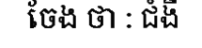
ចែង ថា : ជំងឺ